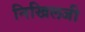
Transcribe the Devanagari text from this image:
निखिलजी